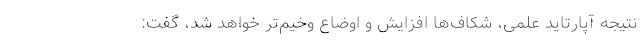
نتیجه آپارتاید علمی، شکاف‌ها افزایش و اوضاع وخیم‌تر خواهد شد، گفت: